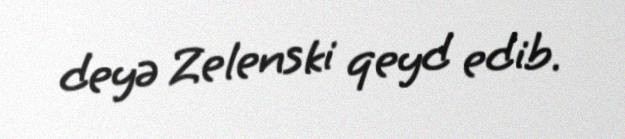
deyə Zelenski qeyd edib.